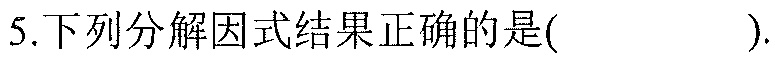
5.下列分解因式结果正确的是( ).